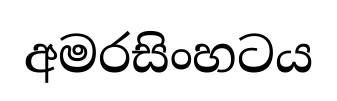
අමරසිංහටය